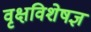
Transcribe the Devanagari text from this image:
वृक्षविशेषज्ञ